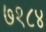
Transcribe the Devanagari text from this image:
७१८४